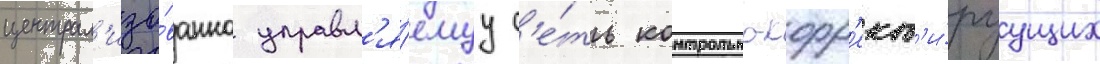
централ'изо́ванно управл'я́емуу с'е́ть контрольно-корр'ект'и́руущих